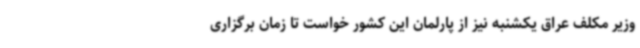
وزیر مکلف عراق یکشنبه نیز از پارلمان این کشور خواست تا زمان برگزاری